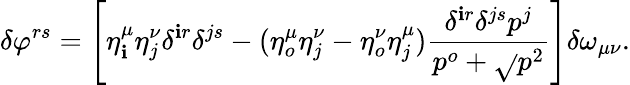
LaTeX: \delta\varphi^{rs}=\left[\eta_{\mathbf{i}}^{\mu}\eta_{j}^{\nu}\delta^{\mathbf{i}r}\delta^{js}-(\eta_{o}^{\mu}\eta_{j}^{\nu}-\eta_{o}^{\nu}\eta_{j}^{\mu})\frac{{\delta^{\mathbf{i}r}\delta^{js}p^{j}}}{{p^{o}+\sqrt{}{{p^{2}}}}}\right]\delta\omega_{\mu\nu}.